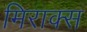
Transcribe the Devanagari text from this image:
मिराक्स